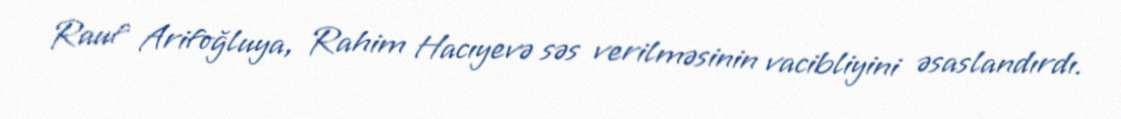
Rauf Arifoğluya, Rahim Hacıyevə səs verilməsinin vacibliyini əsaslandırdı.